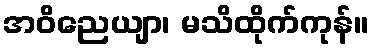
အဝိညေယျာ၊ မသိထိုက်ကုန်။